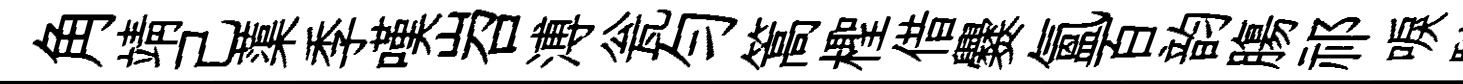
角靖己蕖季嘆岧溥瓮匀篙檉借爨氲百韵膓祁唳駝麈